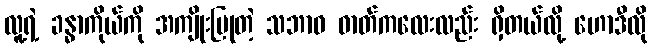
လူ့ရဲ့ ခန္ဓာကိုယ်ကို အကျိုးပြုတဲ့ သဘာဝ ဓာတ်ကလေးလည်း ရှိတယ်လို့ ဟောဒီလို